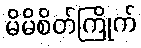
မိမိစိတ်ကြိုက်